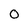
Character: 0